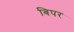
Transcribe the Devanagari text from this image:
बिपर